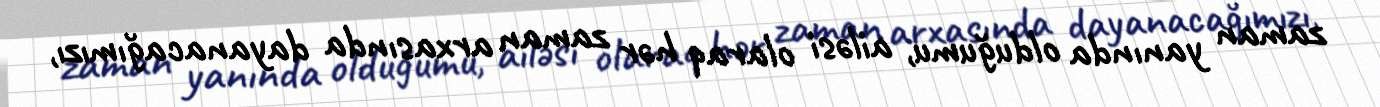
zaman yanında olduğumu, ailəsi olaraq hər zaman arxasında dayanacağımızı,